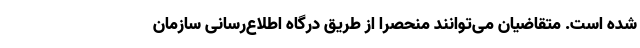
شده است. متقاضیان می‌توانند منحصراً از طریق درگاه اطلاع‌رسانی سازمان